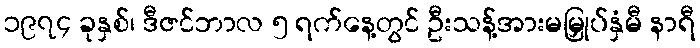
၁၉၇၄ ခုနှစ်၊ ဒီဇင်ဘာလ ၅ ရက်နေ့တွင် ဦးသန့်အားမမြှုပ်နှံမီ နာရီ